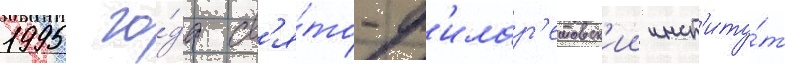
1995 го́да св'я́то-ф'илар'етовск'ии инст'иту́т